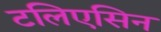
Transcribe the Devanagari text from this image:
टलिएसिन